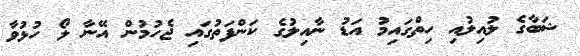
ޝަބާގެ ލުއިލުއި ހިތްގައިމު އަޑު ނާއިލުގެ ކަންފަތުގައި ޖެހުމުން އޭނާ ލޯ ހުޅުވާ